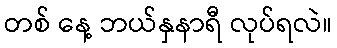
တစ် နေ့ ဘယ်နှနာရီ လုပ်ရလဲ။